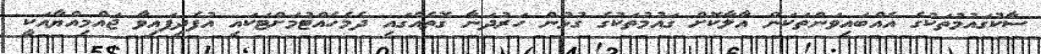
ސާކުގައުމުތަކުގެ އެއްބައިވަންތަކަން އާލާކޮށް ގައުމުތަކުގެ ގުޅުން ހަރުދަނާ ގޮތެއްގައި ދެމެހެއްޓުމަށްޓަކައި އުފެދިފައިވާ ޖައްމިއްޔާއަކީ